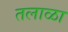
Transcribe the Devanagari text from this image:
तलाळा